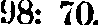
98: 70.